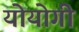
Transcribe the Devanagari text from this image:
योयोगी